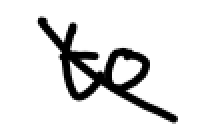
Text: to
Cross-out: diagonal
Writing tool: digital_black